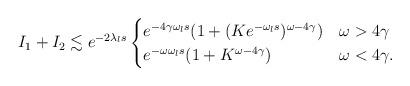
LaTeX: \begin{align*} I_{1}+I_{2}\lesssim e^{-2\lambda_{l} s} \begin{cases} e^{-4\gamma\omega_{l} s}(1+(Ke^{-\omega_{l} s})^{\omega-4\gamma}) & \omega>4\gamma\\ e^{-\omega\omega_{l} s}(1+K^{\omega-4\gamma}) & \omega<4\gamma. \end{cases} \end{align*}